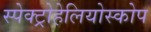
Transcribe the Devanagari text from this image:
स्पेक्ट्रोहेलियोस्कोप